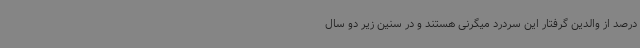
درصد از والدین گرفتار این سردرد میگرنی هستند و در سنین زیر دو سال